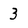
Character: 3